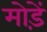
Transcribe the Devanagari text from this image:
मोडे़ं